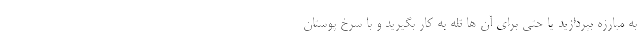
به مبارزه بپردازید یا حتی برای آن ها تله به کار بگیرید و با سرخ پوستان